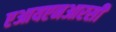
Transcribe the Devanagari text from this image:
एआयएनआरसी